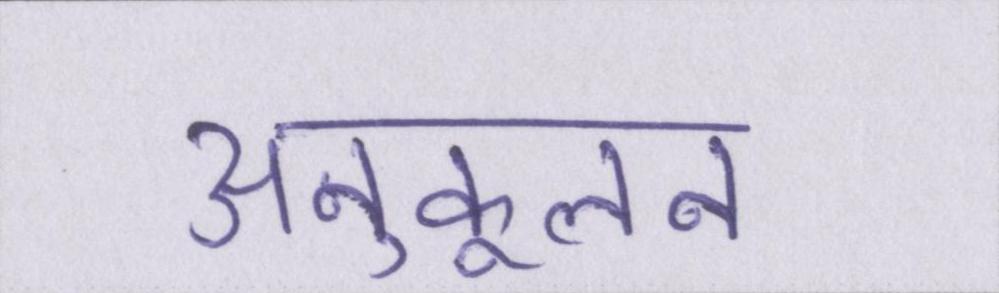
अनुकूलन